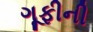
ગૂફીની